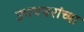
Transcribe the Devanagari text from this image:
उभयचरांच्या